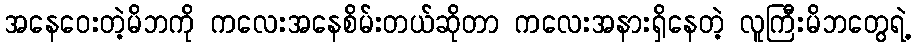
အနေဝေးတဲ့မိဘကို ကလေးအနေစိမ်းတယ်ဆိုတာ ကလေးအနားရှိနေတဲ့ လူကြီးမိဘတွေရဲ့